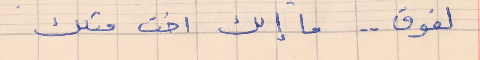
لفوق . . ما إلك اخت متلك